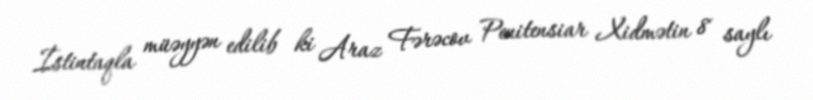
İstintaqla müəyyən edilib ki Araz Fərəcov Penitensiar Xidmətin 8 saylı